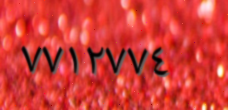
٧٧١٢٧٧٤